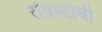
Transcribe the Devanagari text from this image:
रॉयल्टीची